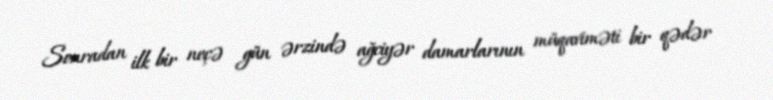
Sonradan ilk bir neçə gün ərzində ağciyər damarlarının müqaviməti bir qədər